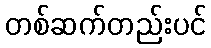
တစ်ဆက်တည်းပင်